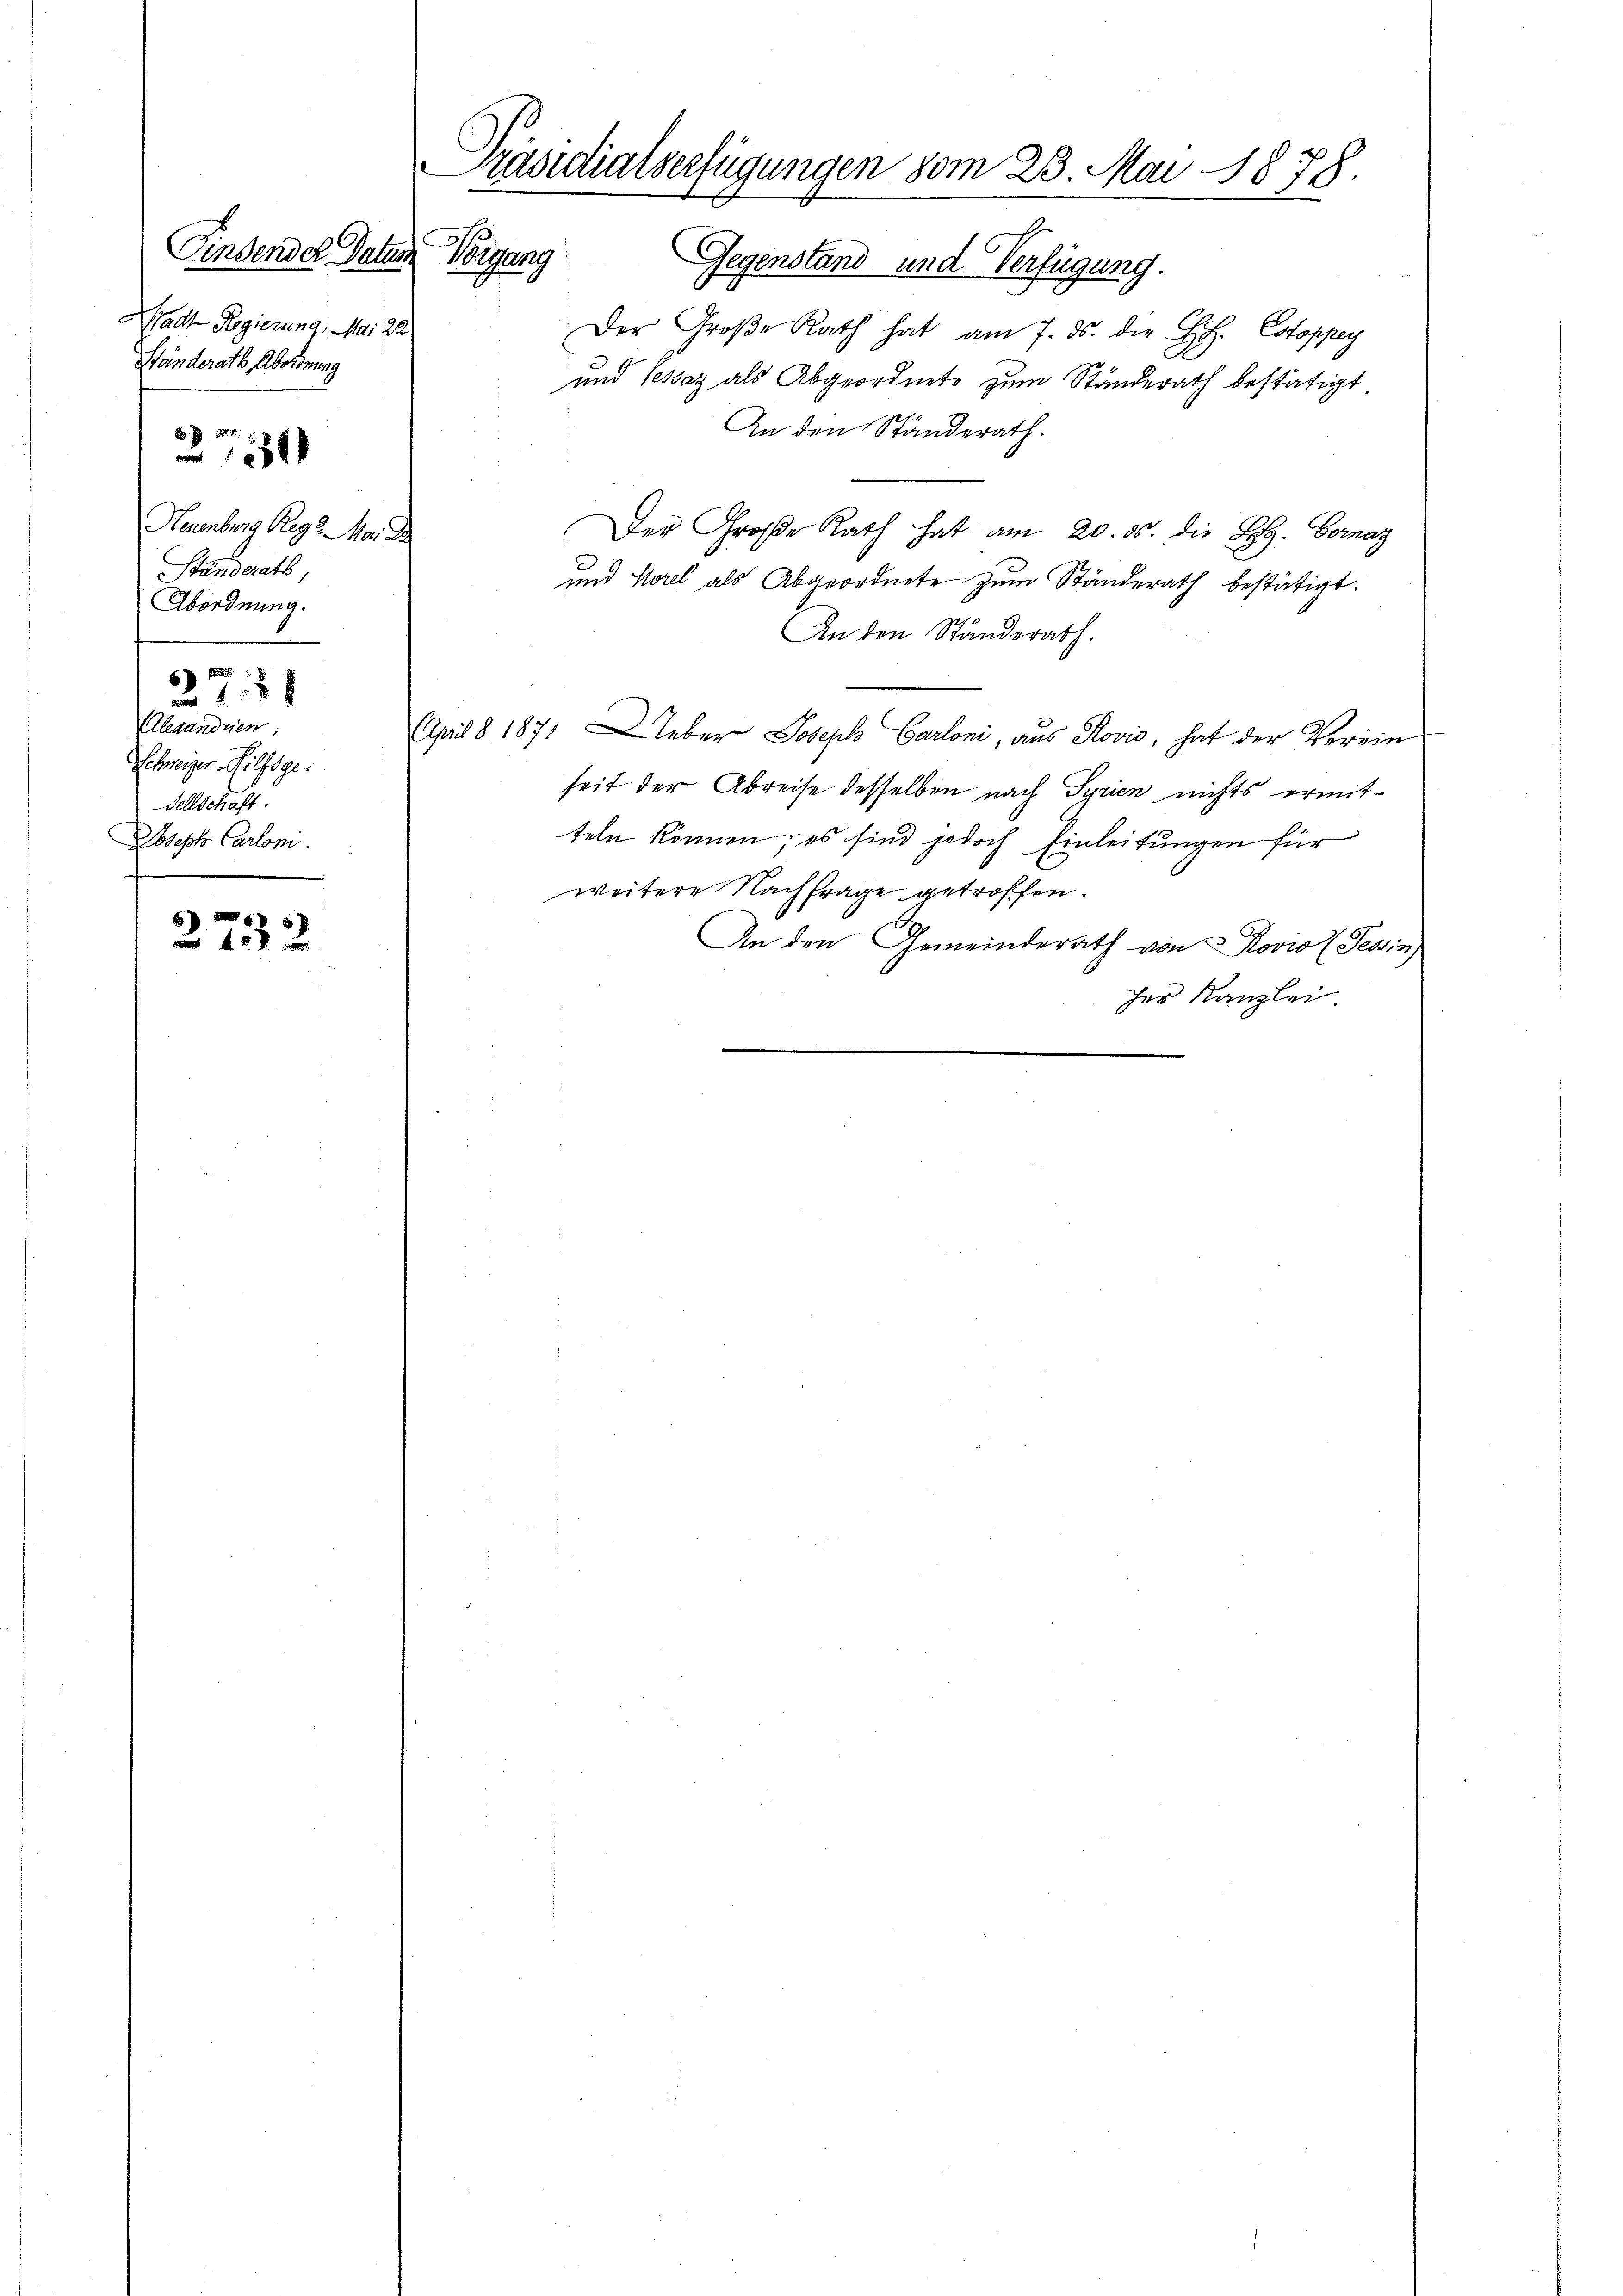
Findendel Datum
Stadt Regierung, Mai 22
Ständerath, Abordnung
Neuenburg Reg. Mai de
Ständerath,
Abordnung.
27 28
Gesandten
Schweiger Hilfsge
Tellschaft.
Joseph Carloni.

2730

2732

Präsidialverfügungen vom 23. Mai 1878.
Vigang Gegenstand und Verfügung.

Der Große Rath hat am 7. ds. die H. Estoppey
und Tessaz als Abgeordnete zum Ständerath bestätigt
An den Ständerath.
Der Große Rath hat am 20. ds. die L. Fornaz
und Morel als Abgeordnete zum Ständerath bestätigt.
An den Ständerath.
April § 1871 Ueber Joseph Carloni, aus Rović, hat der Verein
seit der Abreise desselben nach Syrien nichts ermitteln können; es sind jedoch Einleitungen für
weitere Nachfrage getroffen.
An den Gemeinderath von Rovio (Tessin
her Kanzlei